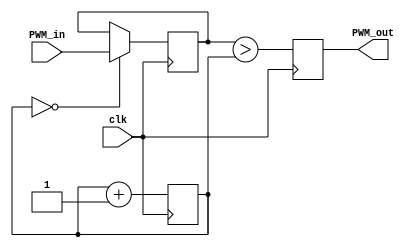
`timescale 1ns / 1ps
//////////////////////////////////////////////////////////////////////////////////
// Company: 
// Engineer: 
// 
// Design Name: 
// Module Name:    pwm_module 
// Project Name: 
// Target Devices: 
// Tool versions: 
// Description: 
//
// Dependencies: 
//
// Revision: 
// Revision 0.01 - File Created
// Additional Comments: 
//
//////////////////////////////////////////////////////////////////////////////////
module pwm_module( 
input clk,
input [10:0] PWM_in, 
output reg PWM_out
);

reg [10:0]new_pwm=0;
reg [10:0] PWM_ramp=0; 
always @(posedge clk) 
begin
    if (PWM_ramp==0)new_pwm<=PWM_in;
      PWM_ramp <= PWM_ramp + 1'b1;
      PWM_out<=(new_pwm>PWM_ramp);
end

endmodule